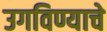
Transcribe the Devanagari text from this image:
उगविण्याचे